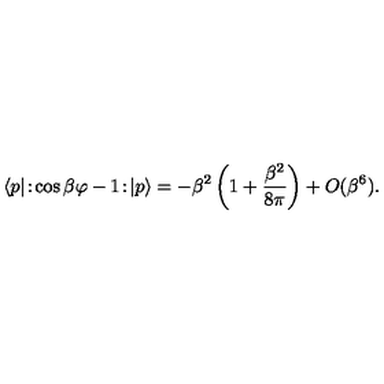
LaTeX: \langle p | \! : \! \cos \beta \varphi - 1 \! : \! | p \rangle = - \beta ^ { 2 } \left( 1 + \frac { \beta ^ { 2 } } { 8 \pi } \right) + O ( \beta ^ { 6 } ) .